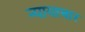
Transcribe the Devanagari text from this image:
न्यायाचार